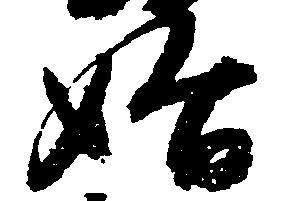
始